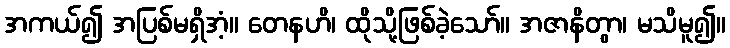
အကယ်၍ အပြစ်မရှိအံ့။ တေနဟိ၊ ထိုသို့ဖြစ်ခဲ့သော်။ အဇာနိတွာ၊ မသိမူ၍။